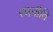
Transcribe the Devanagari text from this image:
रणनीति